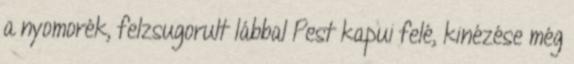
a nyomorék, felzsugorult lábbal Pest kapui felé, kinézése még